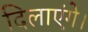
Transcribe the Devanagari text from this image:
दिलाएंगे।